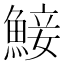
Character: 鯜